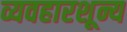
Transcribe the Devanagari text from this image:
व्यवहारशून्य